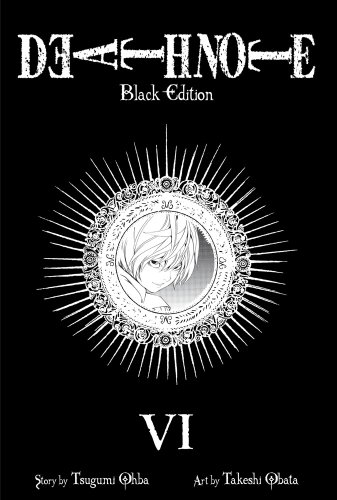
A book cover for Death Note Black Edition, Vol. 6; Tsugumi Ohba; Comics & Graphic Novels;